Sanitation, dispensaries and jails vaccination Rajputana 1922-1927 - 1922-1927
Year: 1922
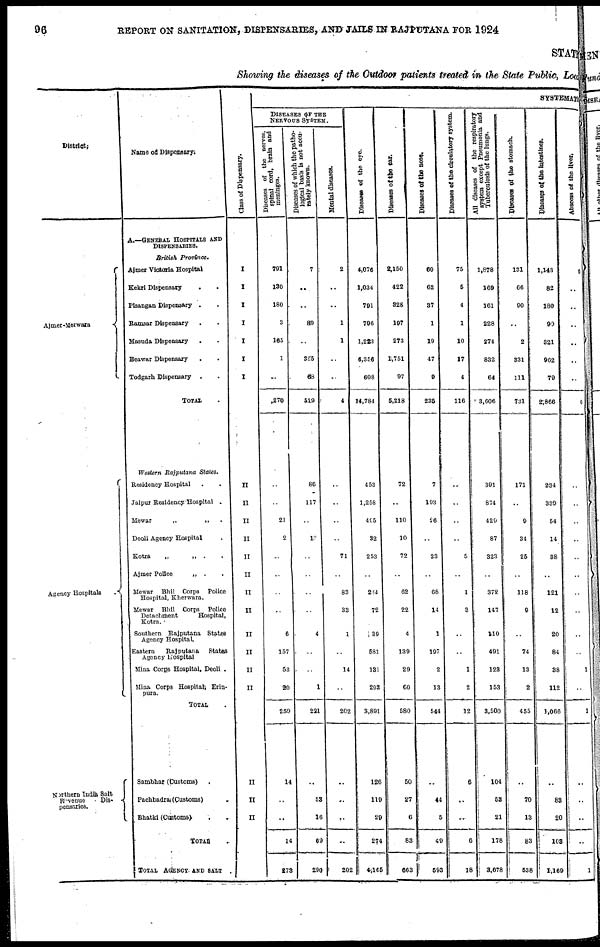
96
REPORT ON SANITATION, DISPENSARIES, AND JAILS IN RAJPUTANA FOR 1924
STATE
Showing the diseases of the Outdoor patients treated in the State Public, Local
District.
Ajmer-Merwara
Agency Hospitals
.
Northern India Salt
Revenue
Dis-
pensaries.
Name of Dispensary.
A.—GENERAL HOSPITALS AND
DISPENSARIES.
British Province.
Ajmer Victoria Hospital
Kekri Dispensary ..
Pisangan Dispensary ..
Ramsar Dispensary ..
Masuda Dispensary ..
Beawar Dispensary ..
Todgarh Dispensary ..
TOTAL .
Western Rajputana Stales.
Residency Hospital ..
Jaipur Residency-Hospital .
Mewar
„
„ .
Deoli Agency Hospital .
Kotra
„
„ .
.
Ajmer Police
„ .
.
Mewar Bhil Corps Police
Hospital, Kherwara.
Mewar Bhil Corps Police
Detachment
Hospital,
Kotra.
Southern Rajputana States
Agency Hospital.
Eastern
Rajputana
States
Agency Hospital
Mina Corps Hospital, Deoli .
Mina. Corps Hospital Erin-
pura.
TOTAL .
Sambhar (Customs) .
Pachbadra (Customs) .
Bhatki (Customs) ..
TOTAL .
TOTAL AGENCY AND SALT .
Class of Dispensary.
I
I
I
I
I
I
I
II
II
II
II
II
II
II
II
II
II
II
II
II
II
II
SYSTEMATIC
DISEASES OF THE
NERVOUS SYSTEM.
Diseases of the nerves,
spinal cord, brain and
meninges.
791
130
180
3
165
1
..
1,270
..
..
21
2
..
..
..
..
6
157
53
20
259
14
..
..
14
273
Diseases of which the patho-
logical basis is not accu-
rately known.
7
..
..
89
..
355
68
519
86
117
..
13
..
..
..
..
4
..
..
1
221
..
53
16
69
290
Mental diseases.
2
..
..
1
1
..
..
4
..
..
..
..
71
..
83
33
1
..
14
..
202
..
..
..
..
202
Diseases of the eye.
4,076
1,034
791
796
1,223
6,356
608
14,784
453
1,258
495
32
253
..
284
72
39
581
131
293
3,891
126
119
29
274
4,165
Diseases of the ear.
2,150
422
328
197
273
1,751
97
5,218
72
..
110
10
72
..
62
22
4
139
29
60
580
50
27
6
83
663
Diseases of the nose.
60
62
37
1
19
47
9
235
7
193
26
..
23
..
68
14
1
197
2
13
544
..
44
5
49
593
Diseases of the ciroulatory system.
75
5
4
1
10
17
4
116
..
..
..
..
5
..
1
3
..
..
1
2
12
6
..
..
6
18
All diseases of the respiratory
system except Pneumonia and
Tuberculosis of the lungs.
1,878
169
161
228
274
832
64
3,606
391
874
429
87
323
..
372
147
110
491
123
153
3,500
104
53
21
178
3,678
Diseases of the stomach.
131
66
90
..
2
331
111
731
171
..
9
34
25
..
118
9
..
74
13
2
455
..
70
13
83
538
Diseases of the intestines.
1,143
82
180
99
321
962
79
2,866
234
339
54
14
38
..
121
12
20
84
38
112
1,066
..
88
20
108
1,169
Abscess of the liver.
6
..
..
..
..
..
..
6
..
..
..
..
..
..
..
..
..
..
1
..
1
..
..
..
..
1